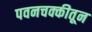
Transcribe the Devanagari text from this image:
पवनचक्कीतून